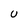
Character: u